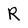
Character: R